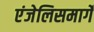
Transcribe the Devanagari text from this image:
एंजेलिसमार्गे